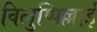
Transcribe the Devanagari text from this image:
विलुप्पिल्लाई